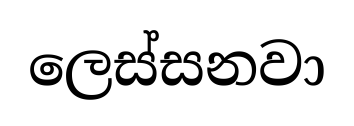
ලෙස්සනවා